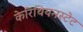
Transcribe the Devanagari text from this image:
केरिंथियनस्टेट